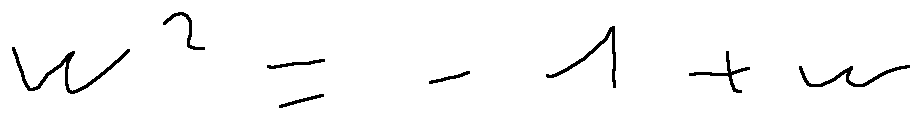
w ^ { 2 } = - 1 + w